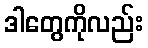
ဒါတွေကိုလည်း